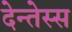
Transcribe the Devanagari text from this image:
देन्तेस्स